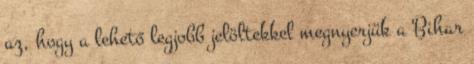
az, hogy a lehető legjobb jelöltekkel megnyerjük a Bihar